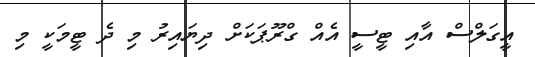
އީގަލްސް އާއި ޓީސީ އެއް ގްރޫޕަކަށް ދިޔައިރު މި ދެ ޓީމަކީ މި